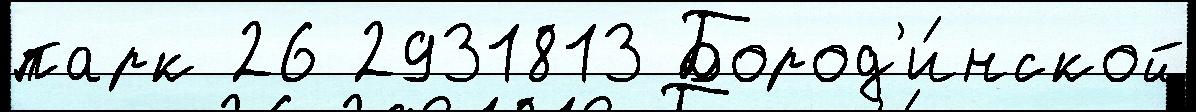
парк 26 2931813 Бород'и́нской